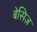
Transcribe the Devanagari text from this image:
बेसिज़